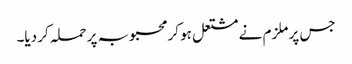
جس پر ملزم نے مشتعل ہو کر محبوبہ پر حملہ کر دیا۔